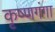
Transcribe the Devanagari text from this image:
कृष्णगंगा